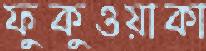
ফুকুওয়াকা